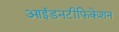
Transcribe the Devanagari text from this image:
आईडनटीफिकेशन